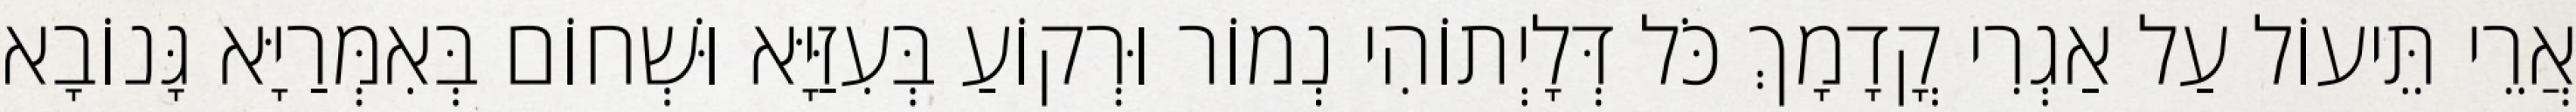
אֲרֵי תֵּיעוֹל עַל אַגְרִי קֳדָמָךְ כֹּל דְּלָיְתוֹהִי נְמוֹר וּרְקוֹעַ בְּעִזַּיָּא וּשְׁחוֹם בְּאִמְּרַיָּא גָּנוֹבָא